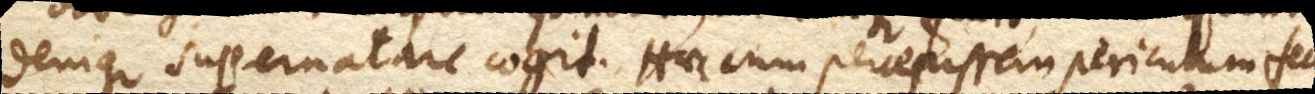
denique supernatare cogit. Haec cum percepissem periculum feci,